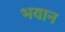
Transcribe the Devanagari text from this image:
भयान